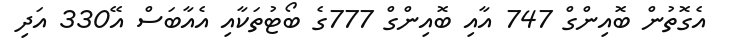
އެގޮތުން ބޮއިންގް 747 އާއި ބޮއިންގް 777ގެ ބޯޓުތަކާއި އެއާބަސް އޭ330 އަދި